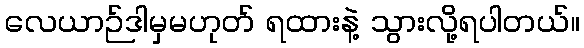
လေယာဉ်ဒါမှမဟုတ် ရထားနဲ့ သွားလို့ရပါတယ်။